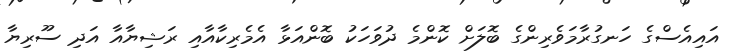
އައިއެސްގެ ހަނގުރާމަވެރިންގެ ބޮލަށް ކޮންމެ ދުވަހަކު ބޮންއަޅާ އެމެރިކާއާއި ރަޝިޔާއާ އަދި ސޫރިޔާ